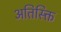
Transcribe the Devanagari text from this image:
अतिस्क्ति